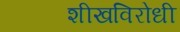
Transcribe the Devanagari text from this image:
शीखविरोधी